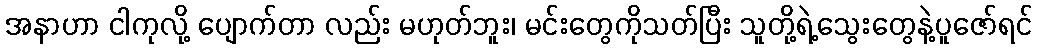
အနာဟာ ငါကုလို့ ပျောက်တာ လည်း မဟုတ်ဘူး၊ မင်းတွေကိုသတ်ပြီး သူတို့ရဲ့သွေးတွေနဲ့ပူဇော်ရင်